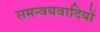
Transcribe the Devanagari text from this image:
समन्वयवादियों